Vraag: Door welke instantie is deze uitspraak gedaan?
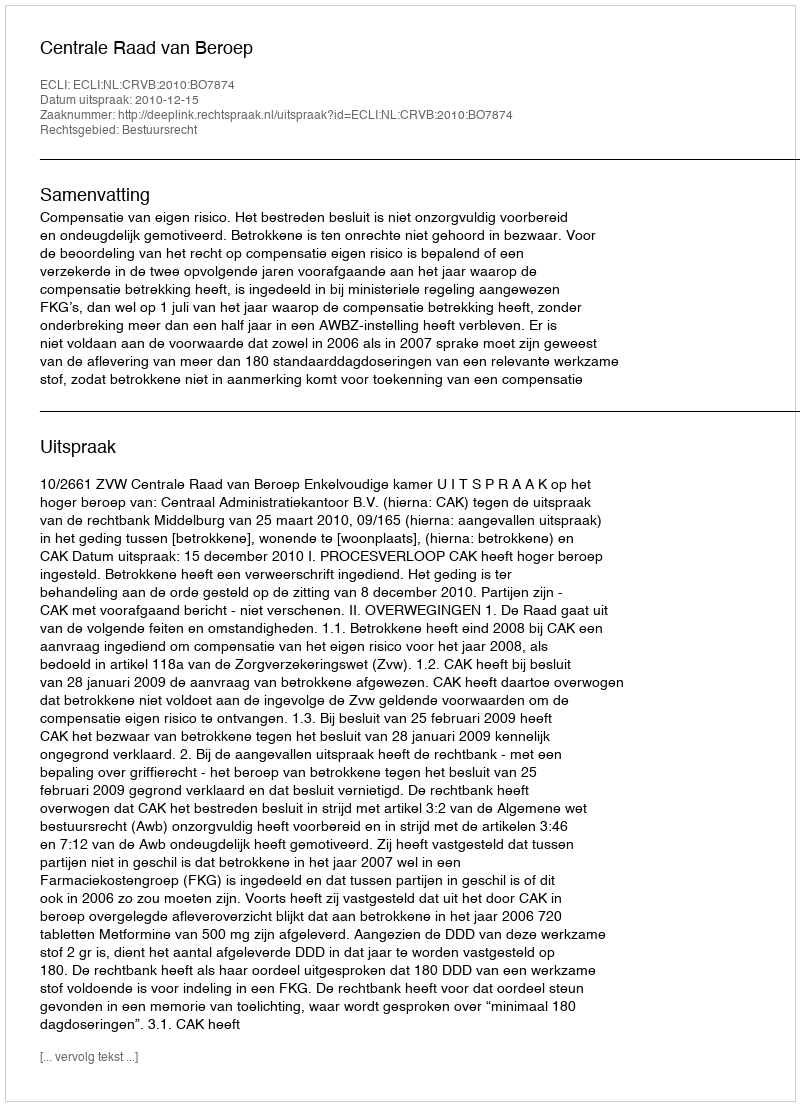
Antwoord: Centrale Raad van Beroep